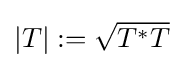
{\textstyle \left|T\right|:={\sqrt {T^{*}T}}}